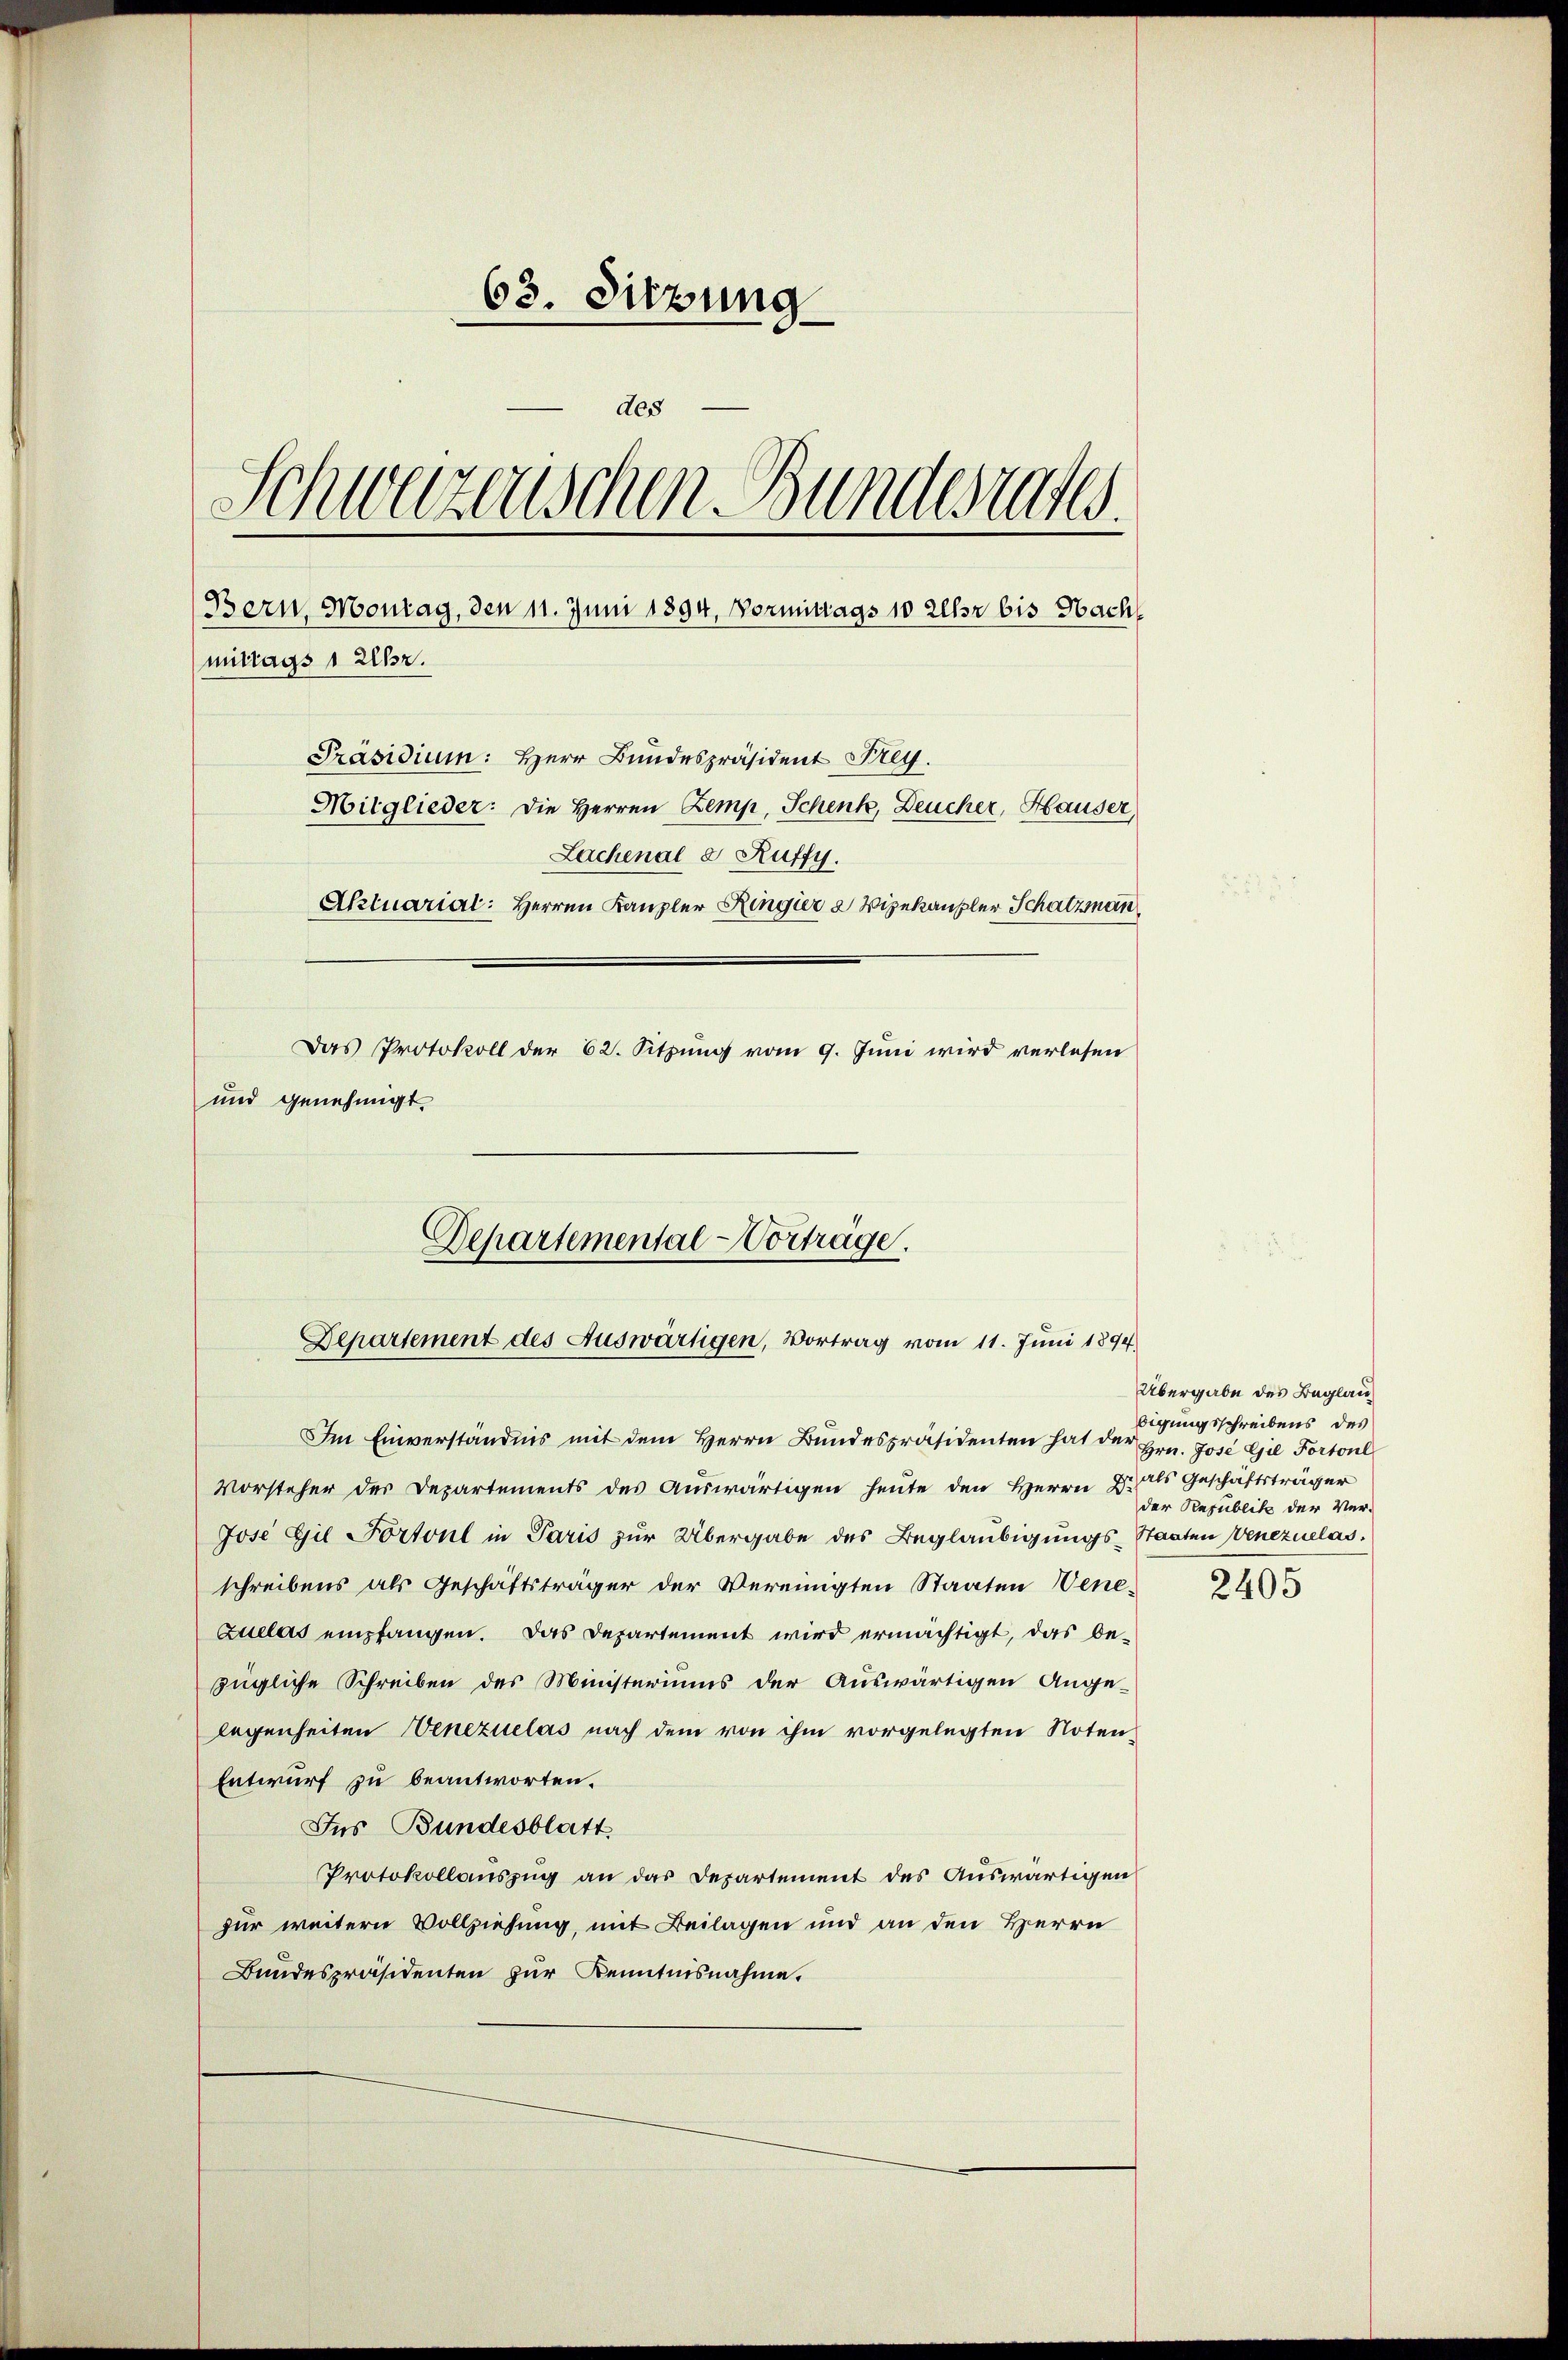
63. Sitzung
des
Schweizerischen Bundesrates.
(Bern, Montag, den 11. Juni 1894, Vormittags 10 Uhr bis Nach
mittags 1 Uhr.
Präsidium: Herr Bundespräsident Frey.
Mitglieder: Die Herren Zemp, Schenk, Deucher, Hauser,
Lachenal & Ruffy.
Aktuarial: Herren Kanzler Ringier 2 Vizekanzler Schatzman
Das Protokoll der 62. Sitzung vom 9. Juni wird verlesen
und genehmigt.

Im Einverständnis mit dem Herrn Bŭndespräsidenten hat der Hrn. Jose Gil Fortonl
Vorsteher der Departements des Auswärtigen heute den Herrn zu als Geschäftsträger
Jose Gil Portoul in Paris zur Übergabe des Beglaubigungs-Staaten Venezuelas
schreibens als Geschäftsträger der Vereinigten Staaten Vene-
Zullas empfangen. Das Departement wird ermächtigt, das be-
zügliche Schreiben des Ministeriums der Auswärtigen Ange-
legenheiten Venezuelas nach dem von ihm vorgelegten Noten¬
Entwurf zu beantworten.
Ins Bundesblatt
Protokollauszug an das Departement des Auswärtigen
für weitern Vollziehung, mit Beilagen und an den Herrn
Bundespräsidenten zur Kenntnisnahme.

Departemental-Vorträge.
Departement des Auswärtigen, Vortrag vom 11. Juni 1894

Übergabe des Beglau
bigungsschreibens des
der Republik der Ver-

2405